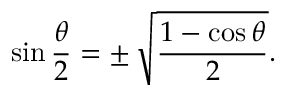
\sin { \frac { \theta } { 2 } } = \pm \, { \sqrt { \frac { 1 - \cos \theta } { 2 } } } .